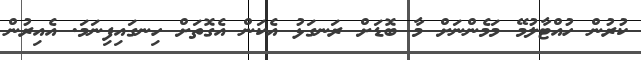
ކުރުން ހުއްޓާލުމޭ މަމެންނަށް މާ ބޮޑަށް ރަނގަޅު އެކަން އެގޮތަށް ހިނގައިފިނަމަ. އެއިރުން